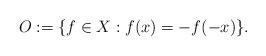
LaTeX: \begin{align*}O := \{ f \in X: f(x) = -f(-x)\}.\end{align*}